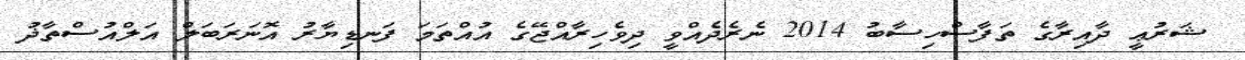
ޝަރުޢީ ދާއިރާގެ ތަފާސްހިސާބު 2014 ނެރެދެއްވީ ދިވެހިރާއްޖޭގެ އުއްތަމަ ފަނޑިޔާރު އޮނަރަބަލް އަލްއުސްތާޛު